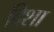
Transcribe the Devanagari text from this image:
दिशा